Burma Government Medical School reports 1907-22
Year: 1907
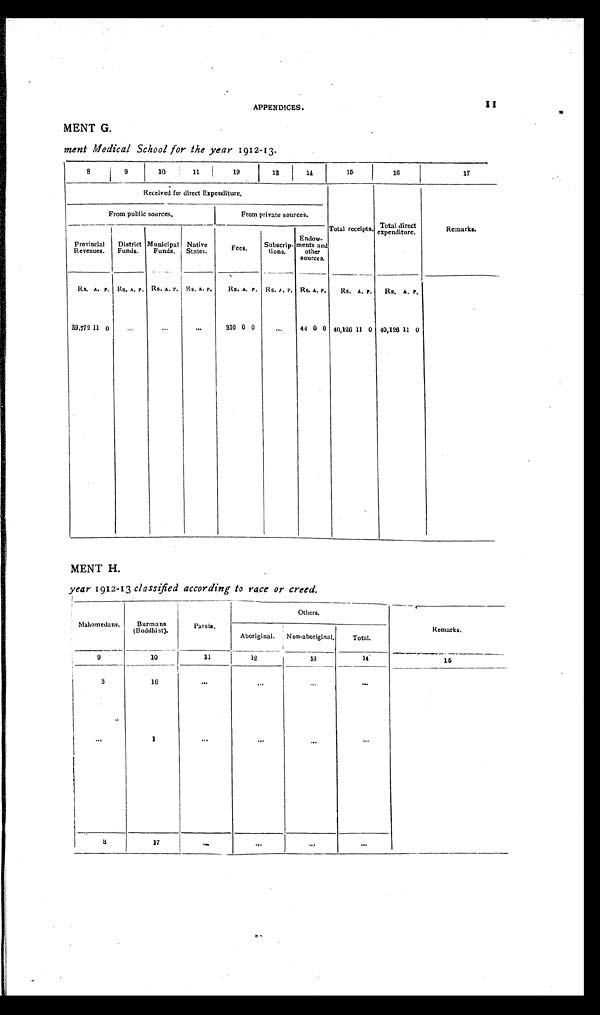
APPENDICES.
11
MENT G.
ment Medical School for the year 1912-13.
8
9
10
11 12
13
14
15
16
17
Received for direct Expenditure.
Total receipts. Tot al di r ect expendi t ur e.
Remarks.
From public sources.
From private sources.
Provincial
Revenues.
District
Funds.
Municipal
Funds.
Native
States.
Fees. Subscrip-
tions.
Endow-
ments and
other
sources.
Rs. A. P. Rs. A. P. Rs. A. P. Rs. A. P. Rs. A. P. Rs. A. P. Rs. A. P. Rs. A. P. Rs. A. P.
39,772 11 0 ... .. .
...
310 0 0
...
44 0 0 40,126 11 0 40,126 11 0
MENT H.
year 1 91 2- 1 3 classified according to race or creed.
Mahomedans. Burmans
(Buddhist).
Parsis.
Others.
Remarks.
Aboriginal. Non-aboriginal. Total.
9
10
11
12
13
14
15
3
16
... ...
...
... ..
.
1
...
...
...
...
3
17
...
... ...
...